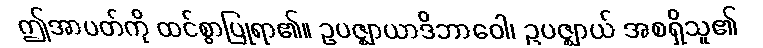
ဤအာပတ်ကို ထင်စွာပြုရာ၏။ ဥပဇ္ဈာယာဒိဘာဝေါ၊ ဥပဇ္ဈာယ် အစရှိသူ၏